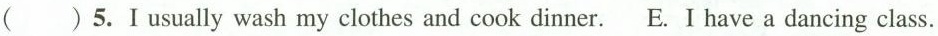
( )5.I usually wash my clothes and cook dinner. E. I have a dancing class.